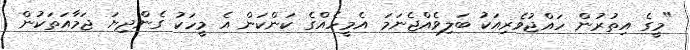
"މީގެ އިތުރުން ހައްޖުވެރިއަކު ބަލިވެއްޖެނަމަ އެމީހެއްގެ ކަންކަން އެ މީހަކު ގެންދިޔަ ޖަމާއަތަކުން